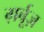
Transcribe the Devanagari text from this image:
ग़र्बूज़